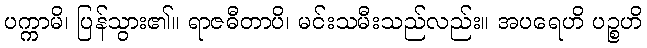
ပက္ကာမိ၊ ပြန်သွား၏။ ရာဇဓီတာပိ၊ မင်းသမီးသည်လည်း။ အပရေဟိ ပဉ္စဟိ